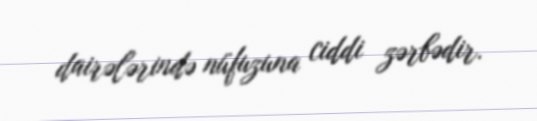
dairələrində nüfuzuna ciddi zərbədir.